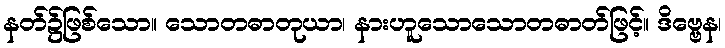
နတ်၌ဖြစ်သော။ သောတဓာတုယာ၊ နားဟူသောသောတဓာတ်ဖြင့်။ ဒိဗ္ဗေန၊